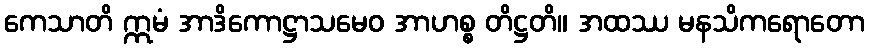
ကေသာတိ ဣမံ အာဒိကောဋ္ဌာသမေဝ အာဟစ္စ တိဋ္ဌတိ။ အထဿ မနသိကရောတော